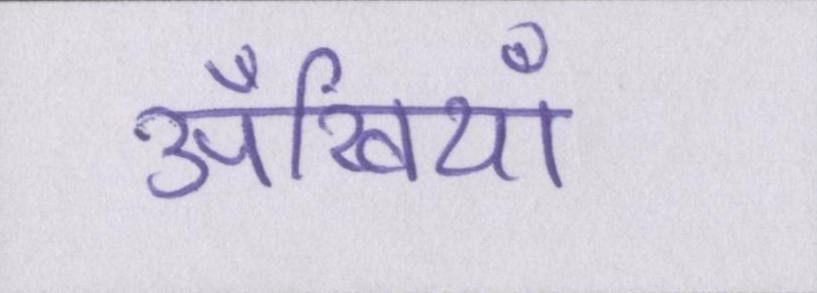
अँखियाँ